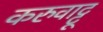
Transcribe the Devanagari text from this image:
करुवाट्टू